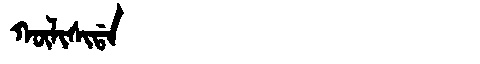
Manchu: ᡴᡡᠯᡳᠰᡳᡩᠠ
Romanization: KŪLISIDA